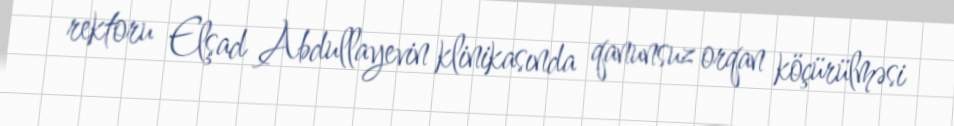
rektoru Elşad Abdullayevin klinikasında qanunsuz orqan köçürülməsi